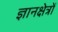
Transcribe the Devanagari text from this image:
ज्ञानक्षेत्रों